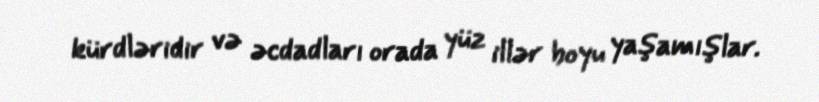
kürdləridir və əcdadları orada yüz illər boyu yaşamışlar.